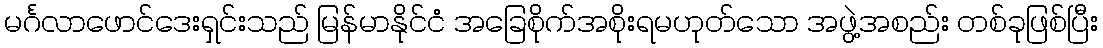
မင်္ဂလာဖောင်ဒေးရှင်းသည် မြန်မာနိုင်ငံ အခြေစိုက်အစိုးရမဟုတ်သော အဖွဲ့အစည်း တစ်ခုဖြစ်ပြီး